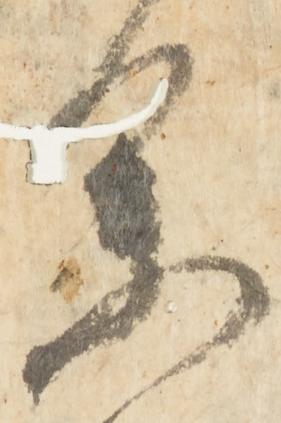
参